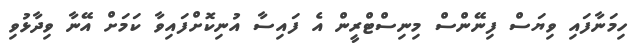
ހިމަނާފައި ވިޔަސް ފިނޭންސް މިނިސްޓްރީން އެ ފައިސާ އުނިކޮށްފައިވާ ކަމަށް އޭނާ ވިދާޅުވި